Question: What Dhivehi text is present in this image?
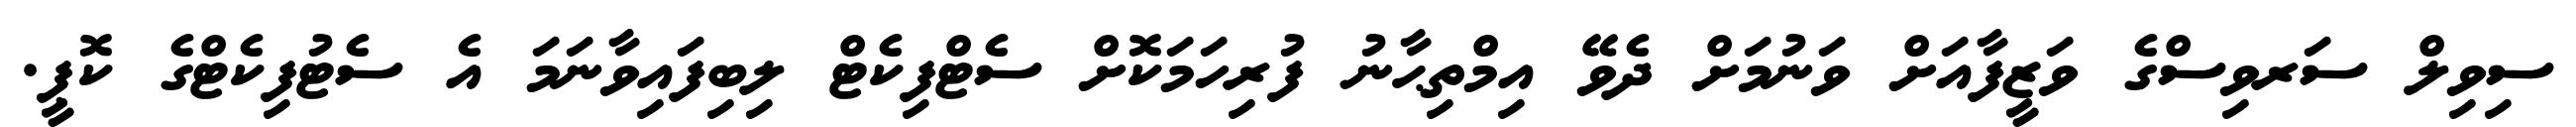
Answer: ސިވިލް ސަރވިސްގެ ވަޒީފާއަށް ވަނުމަށް ދެވޭ އިމްތިޙާނު ފުރިހަމަކޮށް ސެޓްފިކެޓް ލިބިފައިވާނަމަ އެ ސެޓުފިކެޓްގެ ކޮޕީ.